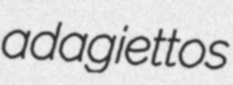
adagiettos